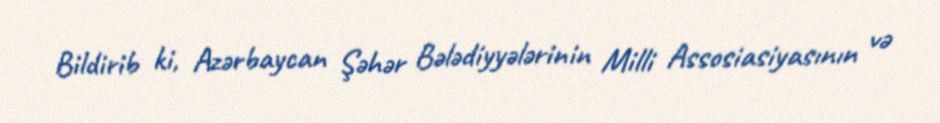
Bildirib ki, Azərbaycan Şəhər Bələdiyyələrinin Milli Assosiasiyasının və